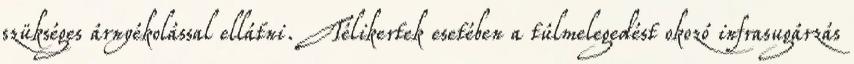
szükséges árnyékolással ellátni. Télikertek esetében a túlmelegedést okozó infrasugárzás